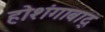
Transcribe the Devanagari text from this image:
होशंगाबाद्